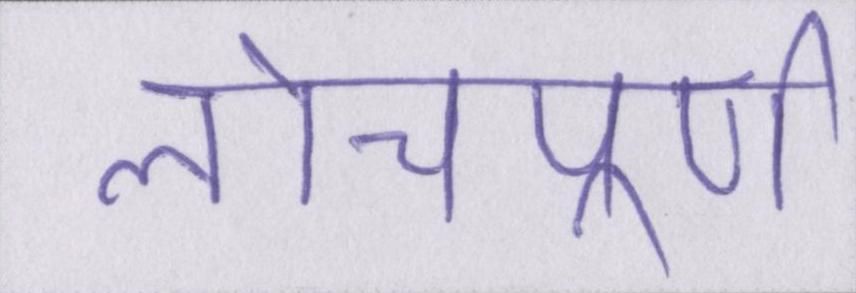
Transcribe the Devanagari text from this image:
लोचपूर्ण